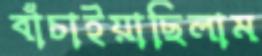
বাঁচাইয়াছিলাম